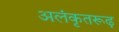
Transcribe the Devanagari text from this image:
अलंकृतरूढ़